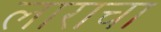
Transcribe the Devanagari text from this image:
लाराचा